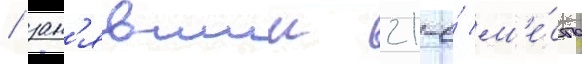
/ зан'явшии 21-е́ м'е́сто